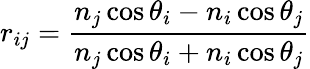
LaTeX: r_{ij}=\frac{n_{j}\cos\theta_{i}-n_{i}\cos\theta_{j}}{n_{j}\cos\theta_{i}+n_{i}\cos\theta_{j}}